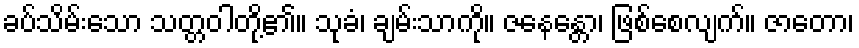
ခပ်သိမ်းသော သတ္တဝါတို့၏။ သုခံ၊ ချမ်းသာကို။ ဇနေန္တော၊ ဖြစ်စေလျက်။ ဇာတော၊